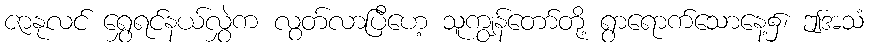
ဇာနုလင် ရွှေရင်နယ်လွှဲက လွတ်လာပြီဟေ့ သူကျွန်တော်တို့ ရွာရောက်သောနေ့၌၊ ဤအသံ